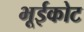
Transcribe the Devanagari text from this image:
भूईकोट